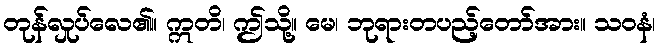
တုန်လှုပ်လေ၏။ ဣတိ၊ ဤသို့။ မေ၊ ဘုရားတပည့်တော်အား။ သဝနံ၊